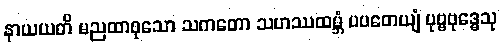
နာယယတိ မညထာဝုသော သကတော သဟဿထမ္ဘံ ပပတေယျံ ပုဗ္ဗဗုဒ္ဓေသု